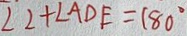
\angle 2 + \angle A D E = 1 8 0 ^ { \circ }